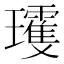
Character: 𱰀